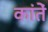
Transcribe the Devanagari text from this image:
कांतें